Leaving Certificate Examination, 1902
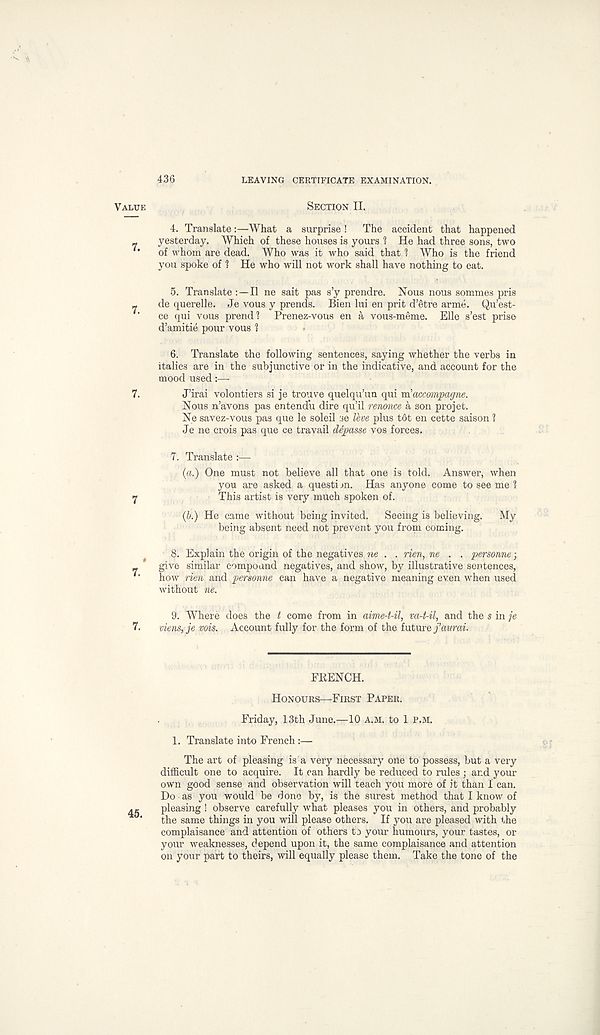
436
LEAVING CERTIFICATE EXAMINATION.
VALUE
SECTION II.
4. Translate:—What a surprise !
The accident that happened
„
yesterday. Which of these houses is yours 1 He had three sons, two
*
of whom are dead. Who was it who said that 1 Who is the friend
you spoke of ? He who will not work shall have nothing to eat.
5. Translate : —II ne sait pas s’y prendre. Nous nous sommes pris
„
de querelle. Je vous y prends. Bien lui en prit d’etre arme. Qu’est-
ce qui vous prend 1 Prenez-vous en a vous-meme. Elle s’est prise
d’amitie pour vous 1
6. Translate the following sentences, saying whether the verbs in
italics are in the subjunctive or in the indicative, and account for the
mood used:—
7.
J’irai volontiers si je trouve quelqu’un qui m’accompagne.
Nous n’avons pas entend'u dire qu’il renonce a son pro jet.
Ne savez-vous pas que le soleil ae Uve plus t6t en cette saison 1
Je ne crois pas que ce travail ddpasse vos forces.
7. Translate :—
(a.) One must not believe all that one is told. Answer, when
you are asked a questi m. Has anyone come to see me 1
7
This artist is very much spoken of.
(6.) He came without being invited.
Seeing is believing.
My
being absent need not prevent you from coming.
8. Explain the origin of the negatives ne . . rien, ne . . personne;
„
give similar compound negatives, and show, by illustrative sentences,
*■
how rien and personne can have a negative meaning even when used
without ne.
9. Where does the t come from in aime-t-il, va-t-il, and the s in je
7.
viens, je vois. Account fully for the form of the future favrai.
FRENCH.
HONOURS—FIRST PAPER.
Friday, 13th June.—10 A.M. to 1 P.M.
1. Translate into French:—
The art of pleasing is a very necessary one to possess, but a very
difficult one to acquire. It can hardly be reduced to rules ; and your
own good sense and observation will teach you more of it than I can.
Do as you would be done by, is the surest method that I know of
pleasing ! observe carefully what pleases you in others, and probably
the same things in you will please others. If you are pleased with the
complaisance and attention of others to your humours, your tastes, or
your weaknesses, depend upon it, the same complaisance and attention
on your part to theirs, will equally please them. Take the tone of the